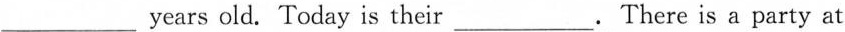
___years old. Today is their___. There is a party at